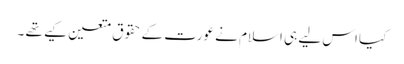
کیا اس لیے ہی اسلام نے عورت کے حقوق متعین کیے تھے ۔